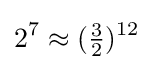
2^{7}\approx ({\tfrac {3}{2}})^{12}